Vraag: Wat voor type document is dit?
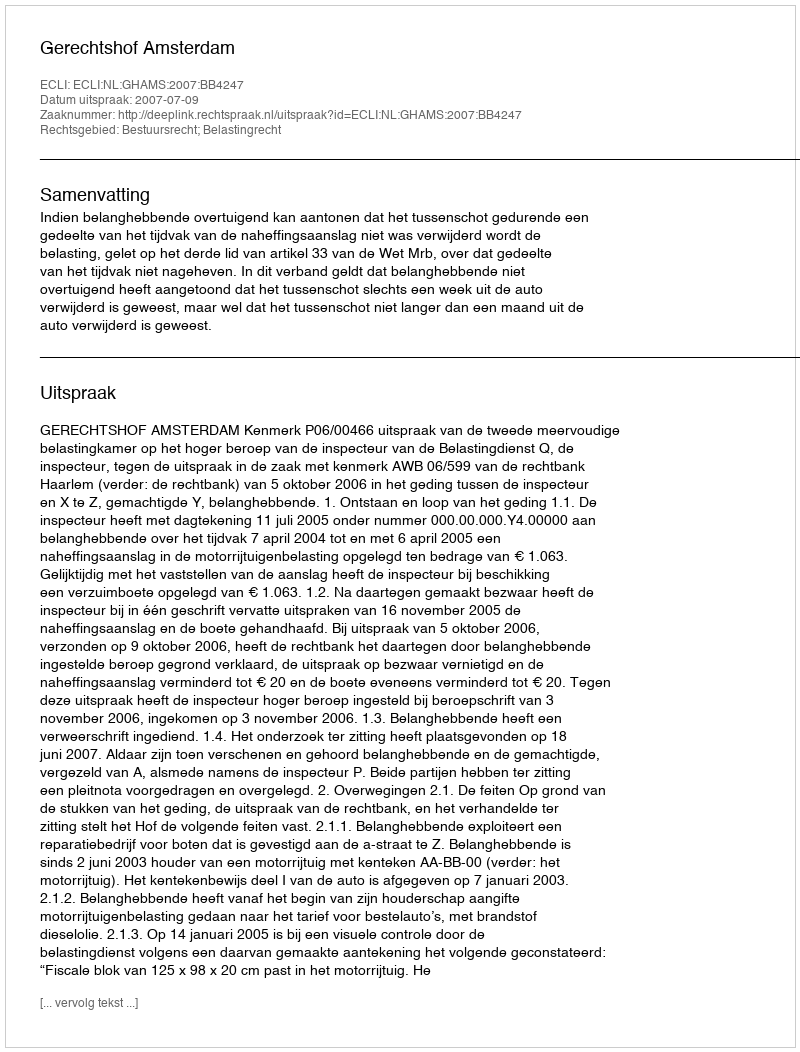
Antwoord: Uitspraak